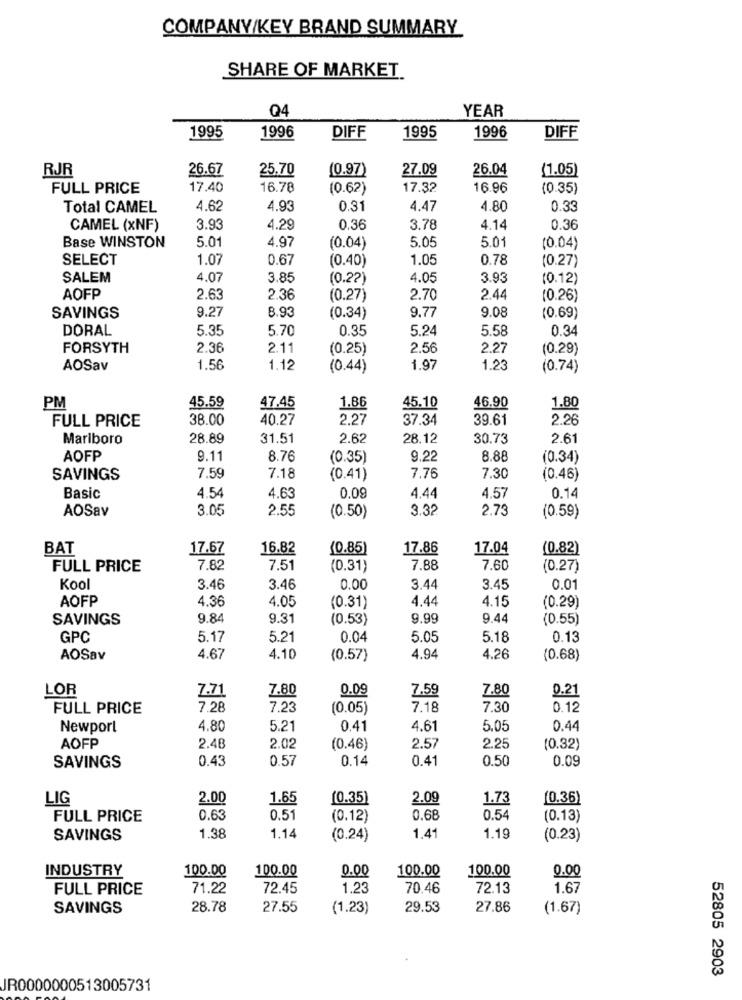
COMPANY/KEY BRAND SUMMARY
SHARE OF MARKET
Q4
YEAR
1995
1996
DIFF
1995
1996
DIFF
RJR
26.67
25,70
(0.97)
27.09
26.04
(1.05)
FULL PRICE
17.40
16.78
(0.62)
17.32
16.96
(0.35)
Total CAMEL
4.62
4.93
0.31
4.47
4.80
0.33
CAMEL (xNF)
3.93
4.29
0.36
3.78
4.14
0.36
Base WINSTON
5.01
4.97
5.05
5.01
(0.04)
(0.04)
SELECT
1.07
0.67
(0.40)
1.05
0.78
(0.27)
SALEM
4.07
3.85
(0.22)
4.05
3.93
(0.12)
AOFP
2.63
2.36
(0.27)
2.70
2.44
(0.26)
9.27
8.93
9.77
9.08
SAVINGS
(0.34)
(0.69)
DORAL
5.35
5.70
0.35
5.24
5.58
0.34
FORSYTH
2.36
2.11
(0.25)
2.56
2.27
(0.29)
AOSav
1.56
1.12
(0.44)
1.97
1.23
(0.74)
45.59
PM
47.45
1.86
45.10
46.90
1.80
FULL PRICE
38.00
40.27
2.27
37.34
39.61
2.26
Marlboro
28.89
31.51
2.62
28.12
30.73
2.61
AOFP
9.11
8.76
(0.35)
9.22
8.88
(0.34)
SAVINGS
7.59
7.18
(0.41)
7.76
7.30
(0.46)
Basic
4.54
4.63
0,09
4.44
4.57
0.14
AOSav
3.05
2.55
3.32
2.73
(0.50)
(0.59)
BAT
17.67
16.82
(0.85
17.86
17.04
(0.82)
FULL PRICE
7.82
7.51
(0.31)
7.88
7.60
(0.27)
Kool
3.46
3.46
0.00
3.44
3.45
0.01
AOFP
4.44
4.15
4.36
4.05
(0.31)
(0.29)
SAVINGS
9.84
9.31
(0.53)
9.99
9.44
(0.55)
GPC
5.17
5.21
0.04
5.05
5.18
0.13
AOSav
4.67
4.10
(0.57)
4.94
4.26
(0.68)
LOR
7.71
7.80
0.09
7.59
7.80
0.21
FULL PRICE
7.28
7.23
(0.05)
7.18
7.30
0.12
Newport
4.80
5.21
0.41
4.61
5.05
0.44
AOFP
2.48
2.02
(0.46
2.57
2.25
(0.32)
0.43
0.57
0.14
0.41
0.50
0.09
SAVINGS
LIG
2.00
1.65
(0.35)
2.09
1.73
(0.36)
FULL PRICE
0.63
0.51
(0.12)
0.68
0.54
(0.13)
1.14
SAVINGS
1.38
(0.24)
1.41
1.19
(0.23)
INDUSTRY
100.00
100.00
100.00
0.00
0.00
100.00
FULL PRICE
71.22
72.45
1.23
70.46
72.13
1.67
SAVINGS
28.78
27.55
(1.23)
29.53
27.86
(1.67)
52805 2903
JR0000000513005731